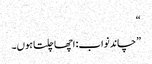
“
”چاند نواب: اچھا چلتا ہوں۔